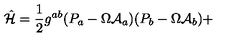
\hat { { \cal H } } = \frac { 1 } { 2 } g ^ { a b } ( P _ { a } - \Omega { \cal A } _ { a } ) ( P _ { b } - \Omega { \cal A } _ { b } ) +